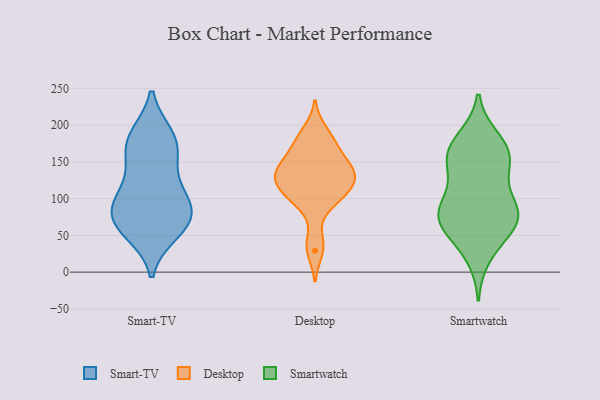
{"axis": {"x": "Operating Costs (USD K)", "y": "Value"}, "legend": ["Desktop", "Smart-TV", "Smartwatch"], "data": [{"x": "", "y": 103, "type": "Smart-TV"}, {"x": "", "y": 185, "type": "Smart-TV"}, {"x": "", "y": 62, "type": "Smart-TV"}, {"x": "", "y": 83, "type": "Smart-TV"}, {"x": "", "y": 94, "type": "Smart-TV"}, {"x": "", "y": 116, "type": "Smart-TV"}, {"x": "", "y": 148, "type": "Smart-TV"}, {"x": "", "y": 179, "type": "Smart-TV"}, {"x": "", "y": 162, "type": "Smart-TV"}, {"x": "", "y": 87, "type": "Smart-TV"}, {"x": "", "y": 65, "type": "Smart-TV"}, {"x": "", "y": 67, "type": "Smart-TV"}, {"x": "", "y": 54, "type": "Smart-TV"}, {"x": "", "y": 183, "type": "Smart-TV"}, {"x": "", "y": 138, "type": "Desktop"}, {"x": "", "y": 150, "type": "Desktop"}, {"x": "", "y": 121, "type": "Desktop"}, {"x": "", "y": 41, "type": "Desktop"}, {"x": "", "y": 131, "type": "Desktop"}, {"x": "", "y": 163, "type": "Desktop"}, {"x": "", "y": 29, "type": "Desktop"}, {"x": "", "y": 145, "type": "Desktop"}, {"x": "", "y": 192, "type": "Desktop"}, {"x": "", "y": 136, "type": "Desktop"}, {"x": "", "y": 103, "type": "Desktop"}, {"x": "", "y": 175, "type": "Desktop"}, {"x": "", "y": 94, "type": "Desktop"}, {"x": "", "y": 125, "type": "Desktop"}, {"x": "", "y": 100, "type": "Desktop"}, {"x": "", "y": 128, "type": "Desktop"}, {"x": "", "y": 181, "type": "Desktop"}, {"x": "", "y": 110, "type": "Desktop"}, {"x": "", "y": 48, "type": "Smartwatch"}, {"x": "", "y": 151, "type": "Smartwatch"}, {"x": "", "y": 88, "type": "Smartwatch"}, {"x": "", "y": 67, "type": "Smartwatch"}, {"x": "", "y": 176, "type": "Smartwatch"}, {"x": "", "y": 21, "type": "Smartwatch"}, {"x": "", "y": 61, "type": "Smartwatch"}, {"x": "", "y": 138, "type": "Smartwatch"}, {"x": "", "y": 155, "type": "Smartwatch"}, {"x": "", "y": 87, "type": "Smartwatch"}, {"x": "", "y": 92, "type": "Smartwatch"}, {"x": "", "y": 95, "type": "Smartwatch"}, {"x": "", "y": 166, "type": "Smartwatch"}, {"x": "", "y": 182, "type": "Smartwatch"}, {"x": "", "y": 70, "type": "Smartwatch"}, {"x": "", "y": 149, "type": "Smartwatch"}, {"x": "", "y": 72, "type": "Smartwatch"}]}